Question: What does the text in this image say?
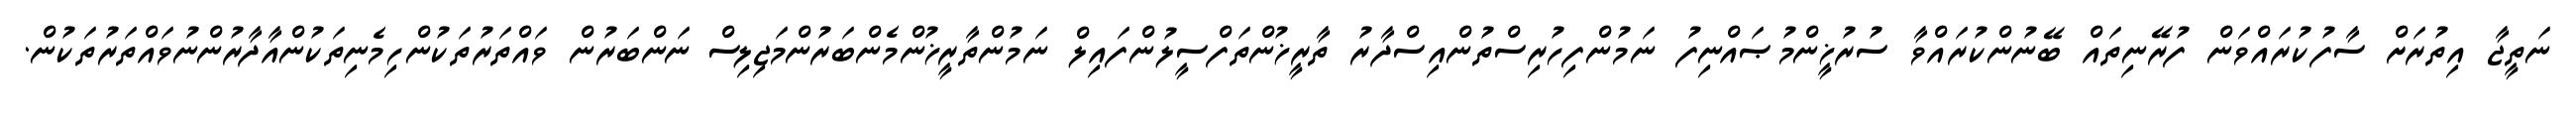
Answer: ނަތީޖާ އިތުރަށް ސާފުކުރައްވަން ފުރޭނިތައް ބޭނުންކުރައްވާ ސުރުޚީންމުޞައްނިފު ނަމުންފިހުރިސްތުންއިސްދާރު ތާރީޚުންތަފްސީލުންފައިލް ނަމުންތާރީޚުންމެންބަރުންމަޖިލިސް ނަންބަރުން ވައްތަރުތަކުންހިމެނިތަކުންއާދާރުންނުވައްތަރުތަކުން.